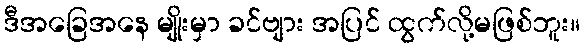
ဒီအခြေအနေ မျိုးမှာ ခင်ဗျား အပြင် ထွက်လို့မဖြစ်ဘူး။